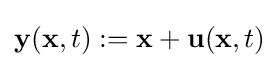
{\bf {y}}({\bf {x}},t):={\bf {x}}+{\bf {u}}({\bf {x}},t)